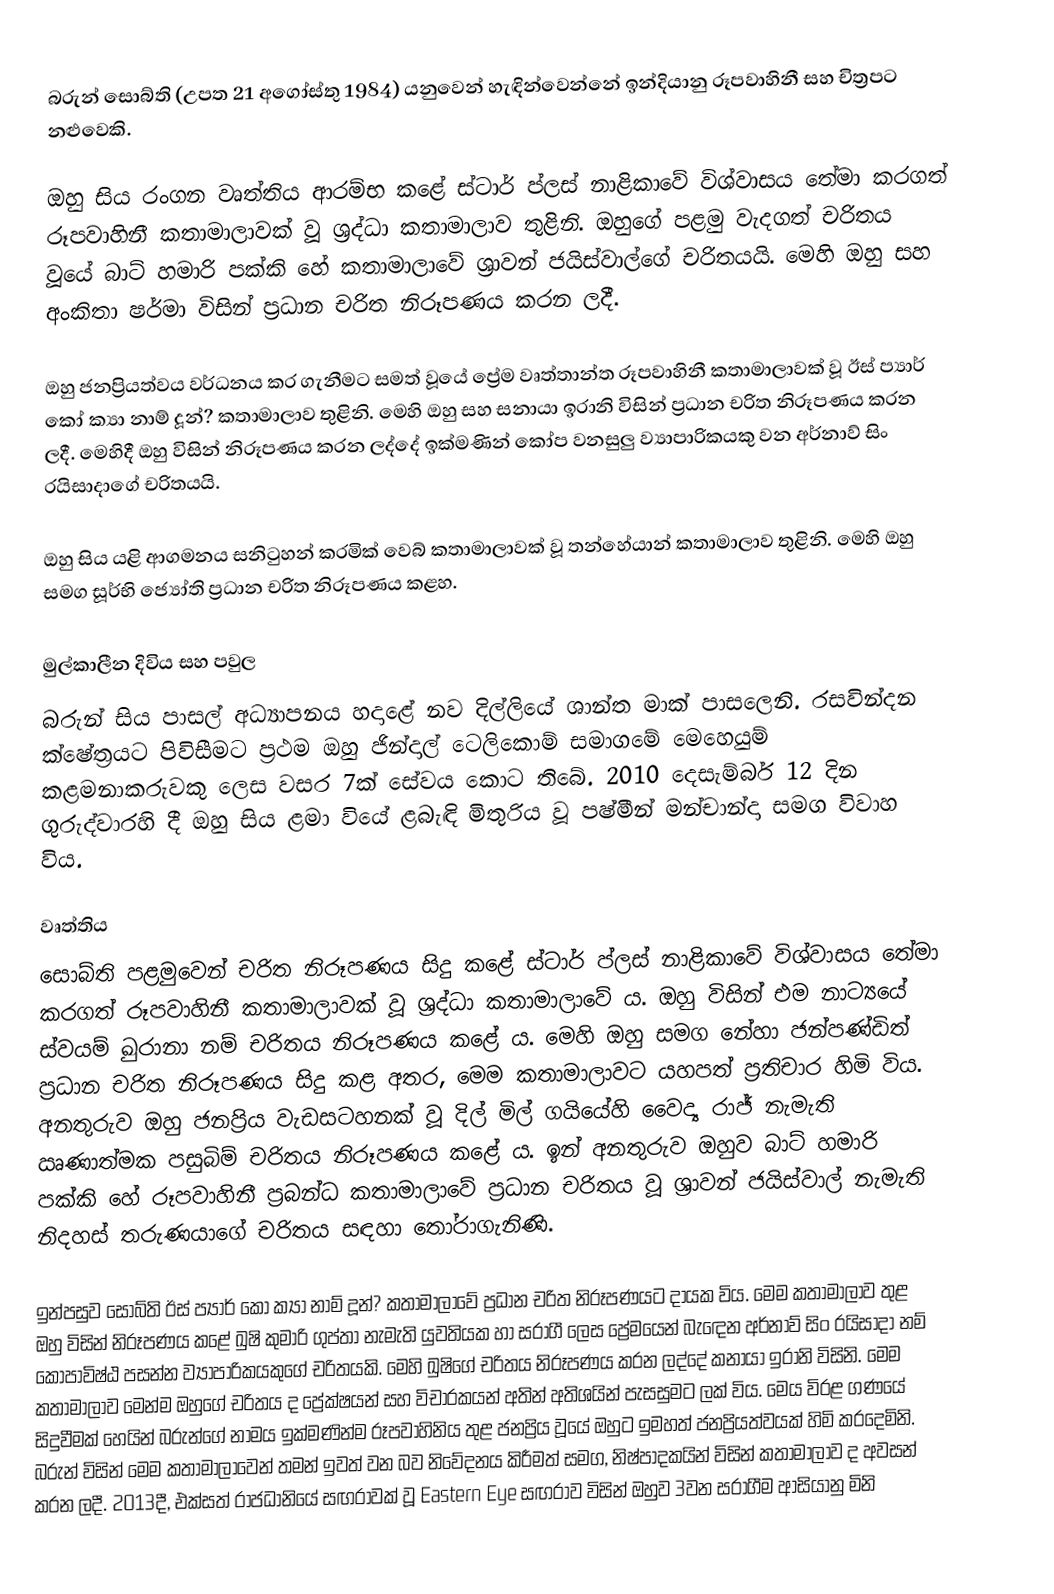
බරුන් සොබ්ති (උපත 21 අගෝස්තු 1984) යනුවෙන් හැඳින්වෙන්නේ ඉන්දියානු රූපවාහිනී සහ චිත්‍රපට නළුවෙකි.

ඔහු සිය රංගන වෘත්තිය ආරම්භ කළේ ස්ටාර් ප්ලස් නාළිකාවේ විශ්වාසය තේමා කරගත් රූපවාහිනී කතාමාලාවක් වූ ශ්‍රද්ධා කතාමාලාව තුළිනි. ඔහුගේ පළමු වැදගත් චරිතය වූයේ බාට් හමාරි පක්කි හේ කතාමාලාවේ ශ්‍රාවන් ජයිස්වාල්ගේ චරිතයයි. මෙහි ඔහු සහ අංකිතා ෂර්මා විසින් ප්‍රධාන චරිත නිරූපණය කරන ලදී.

ඔහු ජනප්‍රියත්වය වර්ධනය කර ගැනීමට සමත් වූයේ ප්‍රේම වෘත්තාන්ත රූපවාහිනී කතාමාලාවක් වූ ඊස් ප්‍යාර් කෝ ක්‍යා නාම් දූන්? කතාමාලාව තුළිනි. මෙහි ඔහු සහ සනායා ඉරානි විසින් ප්‍රධාන චරිත නිරූපණය කරන ලදී. මෙහිදී ඔහු විසින් නිරූපණය කරන ලද්දේ ඉක්මණින් කෝප වනසුලු ව්‍යාපාරිකයකු වන අර්නාව් සිං රයිසාදාගේ චරිතයයි.

ඔහු සිය යළි ආගමනය සනිටුහන් කරමික් වෙබ් කතාමාලාවක් වූ තන්හේයාන් කතාමාලාව තුළිනි. මෙහි ඔහු සමග සූර්භි ජ්‍යෝති ප්‍රධාන චරිත නිරූපණය කළහ.

මුල්කාලීන දිවිය සහ පවුල
බරුන් සිය පාසල් අධ්‍යාපනය හදාළේ නව දිල්ලියේ ශාන්ත මාක් පාසලෙනි. රසවින්දන ක්ෂේත්‍රයට පිවිසීමට ප්‍රථම ඔහු ජින්දාල් ටෙලිකොම් සමාගමේ මෙහෙයුම් කළමනාකරුවකු ලෙස වසර 7ක් සේවය කොට තිබේ. 2010 දෙසැම්බර් 12 දින ගුරුද්වාරහි දී ඔහු සිය ළමා වියේ ළබැඳි මිතුරිය වූ පෂ්මීන් මන්චාන්දා සමග විවාහ විය.

වෘත්තිය
සොබ්ති පළමුවෙන් චරිත නිරූපණය සිදු කළේ ස්ටාර් ප්ලස් නාළිකාවේ විශ්වාසය තේමා කරගත් රූපවාහිනී කතාමාලාවක් වූ ශ්‍රද්ධා කතාමාලාවේ ය. ඔහු විසින් එම නාට්‍යයේ ස්වයම් ඛුරානා නම් චරිතය නිරූපණය කළේ ය. මෙහි ඔහු සමග නේහා ජන්පණ්ඩිත් ප්‍රධාන චරිත නිරූපණය සිදු කළ අතර, මෙම කතාමාලාවට යහපත් ප්‍රතිචාර හිමි විය. අනතුරුව ඔහු ජනප්‍රිය වැඩසටහනක් වූ දිල් මිල් ගයියේහි වෛද්‍ය රාජ් නැමැති ඍණාත්මක පසුබිම් චරිතය නිරූපණය කළේ ය. ඉන් අනතුරුව ඔහුව බාට් හමාරි පක්කි හේ රූපවාහිනී ප්‍රබන්ධ කතාමාලාවේ ප්‍රධාන චරිතය වූ ශ්‍රාවන් ජයිස්වාල් නැමැති නිදහස් තරුණයාගේ චරිතය සඳහා තෝරාගැනිණි.

ඉන්පසුව සොබ්ති ඊස් ප්‍යාර් කෝ ක්‍යා නාම් දූන්? කතාමාලාවේ ප්‍රධාන චරිත නිරූපණයට දායක විය. මෙම කතාමාලාව තුළ ඔහු විසින් නිරූපණය කළේ ඛුෂි කුමාරි ගුප්තා නැමැති යුවතියක හා සරාගී ලෙස ප්‍රේමයෙන් බැ‍ඳෙන අර්නාව් සිං රයිසාදා නම් කෝපාවිෂ්ඨ පසන්න ව්‍යාපාරිකයකුගේ චරිතයකි. මෙහි ඛුෂිගේ චරිතය නිරූපණය කරන ලද්දේ කනායා ඉරානි විසිනි. මෙම කතාමාලාව මෙන්ම ඔහුගේ චරිතය ද ප්‍රේක්ෂයන් සහ විචාරකයන් අතින් අතිශයින් පැසසුමට ලක් විය. මෙය විරළ ගණයේ සිදුවීමක් හෙයින් බරුන්ගේ නාමය ඉක්මණින්ම රූපවාහිනිය තුළ ජනප්‍රිය වූයේ ඔහුට ඉමහත් ජනප්‍රියත්වයක් හිමි කරදෙමිනි. බරුන් විසින් මෙම කතාමාලාවෙන් තමන් ඉවත් වන බව නිවේදනය කිරීමත් සමග, නිෂ්පාදකයින් විසින් කතාමාලාව ද අවසන් කරන ලදී. 2013දී, එක්සත් රාජධානියේ සඟරාවක් වූ Eastern Eye සඟරාව විසින් ඔහුව 3වන සරාගීම ආසියානු මිනි